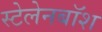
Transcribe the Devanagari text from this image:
स्टेलेनबॉश